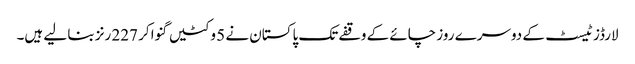
لارڈز ٹیسٹ کے دوسرے روز چائے کے وقفے تک پاکستان نے 5 وکٹیں گنوا کر 227 رنز بنا لیے ہیں۔